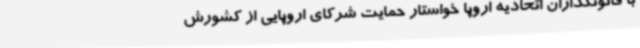
با قانونگذاران اتحادیه اروپا خواستار حمایت شرکای اروپایی از کشورش